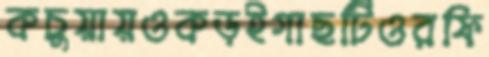
কচুয়ায়ওকড়ইগাছটিওরফি